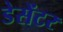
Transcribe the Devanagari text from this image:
डेसेंटर